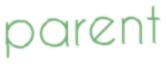
parent